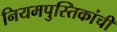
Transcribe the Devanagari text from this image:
नियमपुस्तिकांची